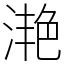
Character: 滟